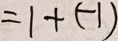
= 1 + ( - 1 )